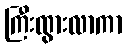
ကြီးထွားလာကာ